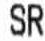
SR